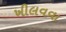
ખીલવવા